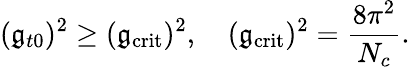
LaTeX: (\mathfrak{g}_{t0})^{2}\geq(\mathfrak{g}_{\mathrm{{crit}}})^{2},\quad(\mathfrak{g}_{\mathrm{{crit}}})^{2}=\frac{{8\pi^{2}}}{{N_{c}}}.